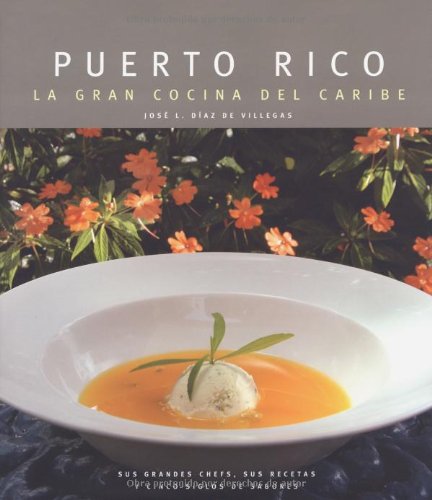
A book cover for Puerto Rico: La Gran Cocina del Caribe (Spanish Edition); Jose Luis Diaz de Villegas; Cookbooks, Food & Wine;